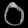
Digit: ၀